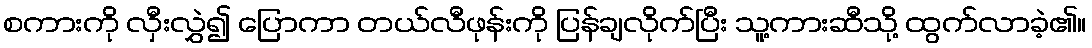
စကားကို လှီးလွှဲ၍ ပြောကာ တယ်လီဖုန်းကို ပြန်ချလိုက်ပြီး သူ့ကားဆီသို့ ထွက်လာခဲ့၏။